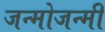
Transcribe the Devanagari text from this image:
जन्मोजन्मी